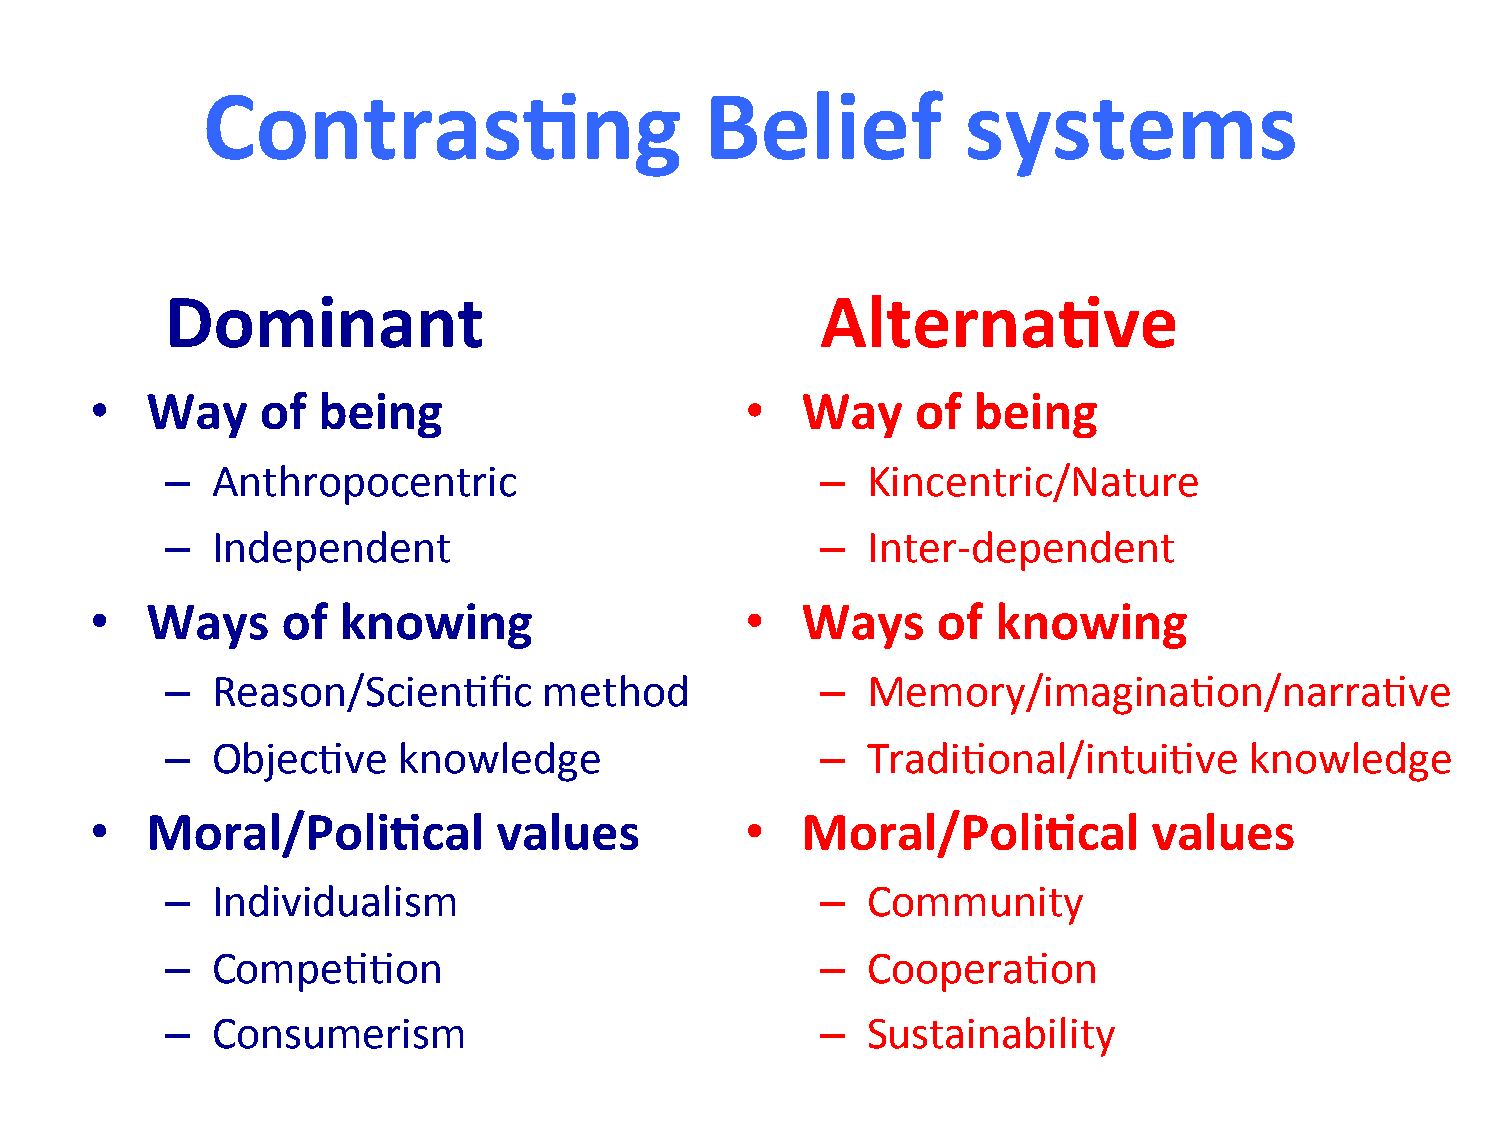
ContrasCng                        Belief           systems
 Dominant                                   AlternaCve
 •   Way    of  being                       •   Way     of being
 –  Anthropocentric                         –  Kincentric/Nature
 –  Independent                             –  Inter-­‐dependent
 •   Ways     of  knowing                   •   Ways     of  knowing
 –  Reason/Scien/fic      method            –  Memory/imagina/on/narra/ve
 –  Objec/ve    knowledge                   –  Tradi/onal/intui/ve       knowledge
 •   Moral/PoliCcal         values          •   Moral/PoliCcal         values
 –  Individualism                           –  Community
 –  Compe//on                               –  Coopera/on
 –  Consumerism                             –  Sustainability